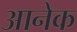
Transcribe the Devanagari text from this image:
आनेक